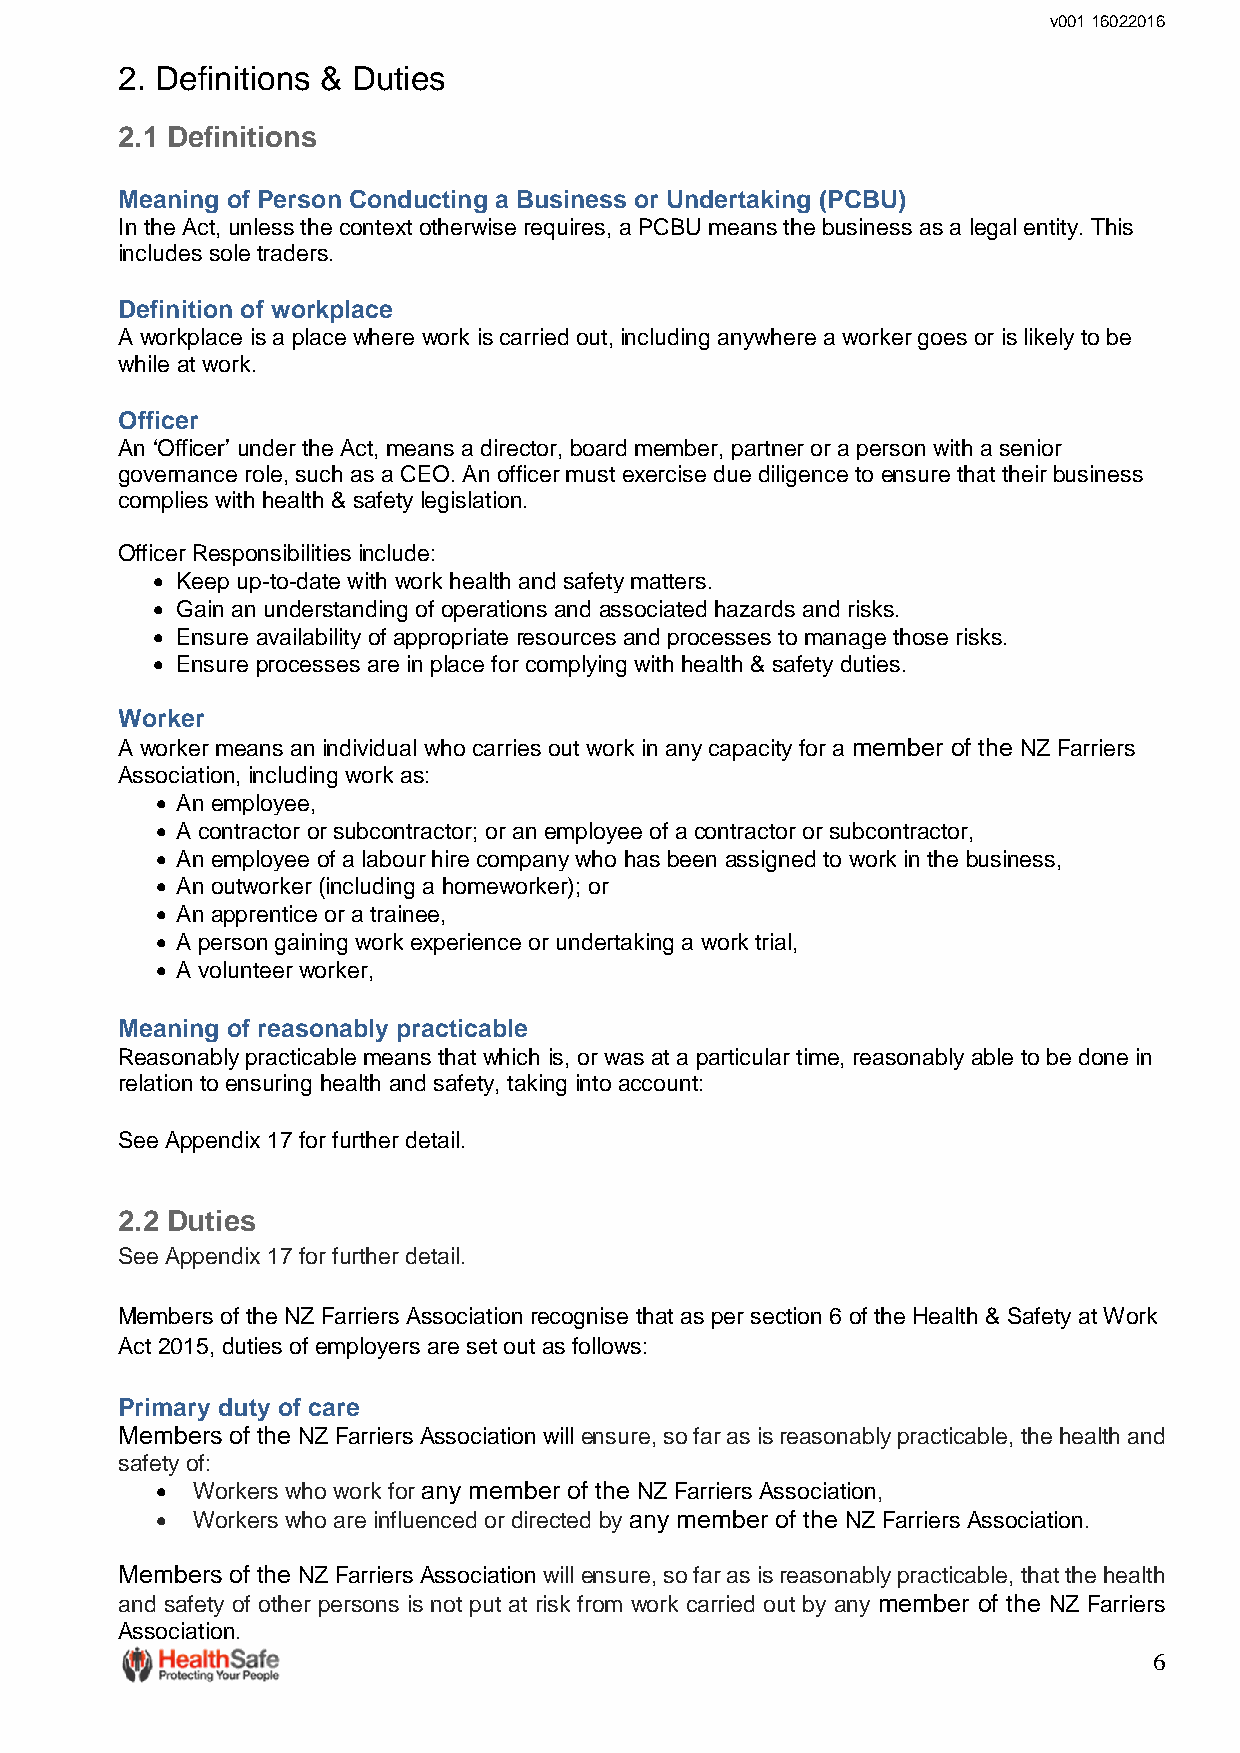
v001 16022016
 2. Definitions & Duties
 2.1 Definitions
 Meaning of Person Conducting a Business or Undertaking (PCBU)
 In the Act, unless the context otherwise requires, a PCBU means the business as a legal entity. This
 includes sole traders.
 Definition of workplace
 A workplace is a place where work is carried out, including anywhere a worker goes or is likely to be
 while at work.
 Officer
 An ‘Officer’ under the Act, means a director, board member, partner or a person with a senior
 governance role, such as a CEO. An officer must exercise due diligence to ensure that their business
 complies with health & safety legislation.
 Officer Responsibilities include:
  Keep up-to-date with work health and safety matters.
  Gain an understanding of operations and associated hazards and risks.
  Ensure availability of appropriate resources and processes to manage those risks.
  Ensure processes are in place for complying with health & safety duties.
 Worker
 A worker means an individual who carries out work in any capacity for a member of the NZ Farriers
 Association, including work as:
  An employee,
  A contractor or subcontractor; or an employee of a contractor or subcontractor,
  An employee of a labour hire company who has been assigned to work in the business,
  An outworker (including a homeworker); or
  An apprentice or a trainee,
  A person gaining work experience or undertaking a work trial,
  A volunteer worker,
 Meaning of reasonably practicable
 Reasonably practicable means that which is, or was at a particular time, reasonably able to be done in
 relation to ensuring health and safety, taking into account:
 See Appendix 17 for further detail.
 2.2 Duties
 See Appendix 17 for further detail.
 Members of the NZ Farriers Association recognise that as per section 6 of the Health & Safety at Work
 Act 2015, duties of employers are set out as follows:
 Primary duty of care
 Members of the NZ Farriers Association will ensure, so far as is reasonably practicable, the health and
 safety of:
   Workers who work for any member of the NZ Farriers Association,
   Workers who are influenced or directed by any member of the NZ Farriers Association.
 Members of the NZ Farriers Association will ensure, so far as is reasonably practicable, that the health
 and safety of other persons is not put at risk from work carried out by any member of the NZ Farriers
 Association.
 6